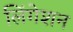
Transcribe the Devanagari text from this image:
लिंगेशन